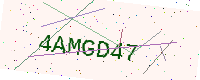
Text: 4AMGD47